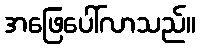
အဖြေပေါ်လာသည်။